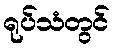
ရုပ်သံတွင်